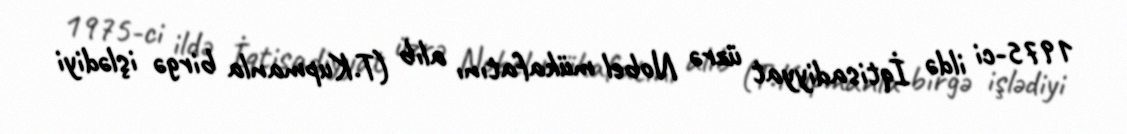
1975-ci ildə İqtisadiyyat üzrə Nobel mükafatını alıb (T.Kupmanla birgə işlədiyi